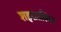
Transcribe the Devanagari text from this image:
शहरातस्थित